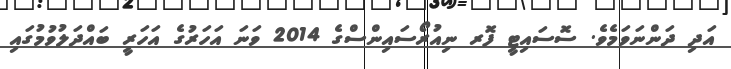
އަދި ދަންނަވަމެވެ. ސޮސައިޓީ ފޮރ ނިއުރޯސައިންސްގެ 2014 ވަނަ އަހަރުގެ އަހަރީ ބައްދަލުވުމުގައި